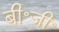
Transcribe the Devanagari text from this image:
बी॰जी॰